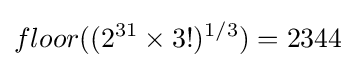
floor((2^{31}\times 3!)^{1/3})=2344